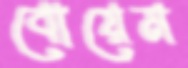
বোয়েম